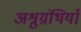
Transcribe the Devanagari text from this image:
अश्रुग्रंथियाँ